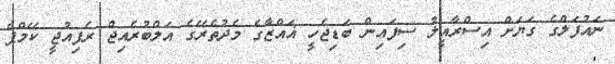
ނައުފަލްގެ ގަޔަށް އިސްރާއީލު ސިފައިން ބަޑިޖެހީ ޣައްޒާގެ މެދުތެރޭގެ އަލްބުރެއިޖް ރެފިއުޖީ ކޭމްޕް